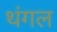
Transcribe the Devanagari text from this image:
थंगल